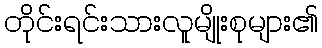
တိုင်းရင်းသားလူမျိုးစုများ၏